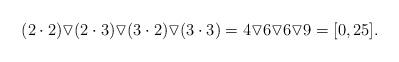
LaTeX: \begin{align*} (2\cdot 2)\triangledown (2\cdot 3) \triangledown (3\cdot 2)\triangledown (3\cdot 3)=4\triangledown 6\triangledown 6 \triangledown 9 = [0,25]. \end{align*}